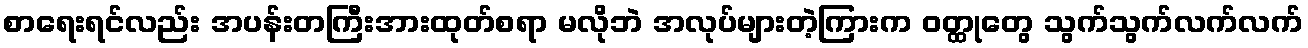
စာရေးရင်လည်း အပန်းတကြီးအားထုတ်စရာ မလိုဘဲ အလုပ်များတဲ့ကြားက ဝတ္ထုတွေ သွက်သွက်လက်လက်